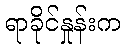
ရာခိုင်နှုန်းက